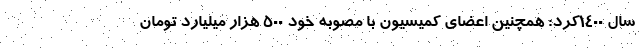
سال 1400کرد: همچنین اعضای کمیسیون با مصوبه خود 500 هزار میلیارد تومان